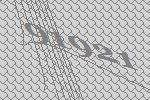
91921